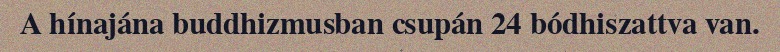
A hínajána buddhizmusban csupán 24 bódhiszattva van.